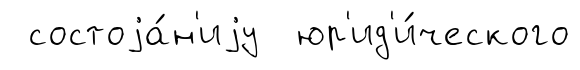
состоjа́н'иjу юр'ид'и́ческого